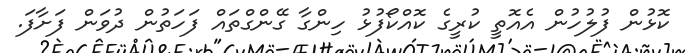
ކޮޅުން ފުލުހުން އެއޮތީ ކުރީގެ ކޮއްކޯފުޅު ހިންގާ ގޭންގްތައް ފަހަތުން ދުވަން ފަށާފަ.